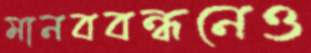
মানববন্ধনেও